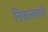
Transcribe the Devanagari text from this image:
निकलवाये